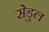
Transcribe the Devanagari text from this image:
सेडुल